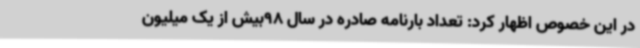
در این خصوص اظهار کرد: تعداد بارنامه صادره در سال 98بیش از یک میلیون